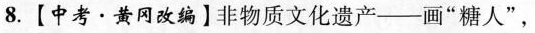
8.【中考·黄网改编】非物质文化遗产--画”糖人”，